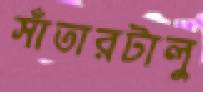
সাঁতারটালু